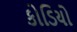
કોડિયો